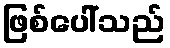
ဖြစ်ပေါ်သည်